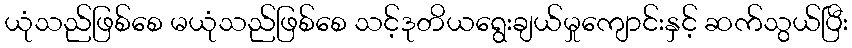
ယုံသည်ဖြစ်စေ မယုံသည်ဖြစ်စေ သင့်ဒုတိယရွေးချယ်မှုကျောင်းနှင့် ဆက်သွယ်ပြီး